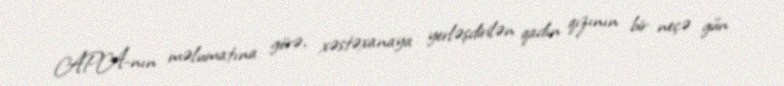
APA-nın məlumatına görə, xəstəxanaya yerləşdirilən qadın qızının bir neçə gün